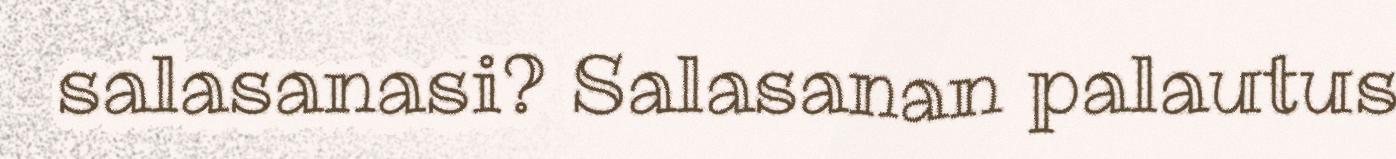
salasanasi? Salasanan palautus